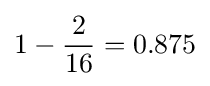
1-{\frac {2}{16}}=0.875